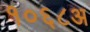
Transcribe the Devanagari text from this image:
१०६८अ